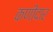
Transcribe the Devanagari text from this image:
कणीदार